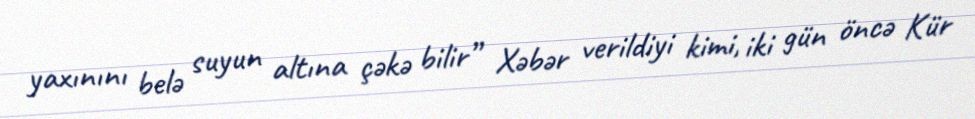
yaxınını belə suyun altına çəkə bilir” Xəbər verildiyi kimi, iki gün öncə Kür